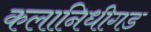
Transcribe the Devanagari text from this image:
कलानिधीगड